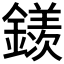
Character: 𨬢